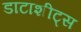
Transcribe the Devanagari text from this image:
डाटाशीट्स